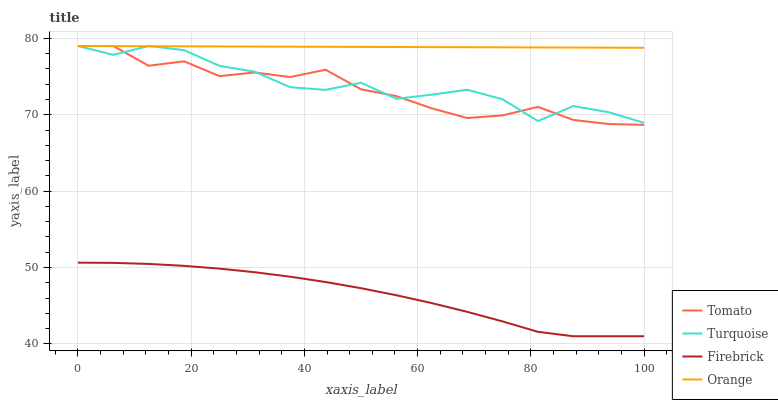
| xaxis_label | Tomato | Turquoise | Firebrick | Orange |
 | --- | --- | --- | --- | --- |
 | 0 | 79 | 79 | 50.6 | 79 |
 | 6.25 | 79 | 77.8 | 50.6 | 79 |
 | 12.5 | 76.4 | 79 | 50.5 | 79 |
 | 18.8 | 77 | 78.5 | 50.2 | 79 |
 | 25 | 75.1 | 76.4 | 49.9 | 78.9 |
 | 31.2 | 75.5 | 75.6 | 49.4 | 78.9 |
 | 37.5 | 74.9 | 73.6 | 48.8 | 78.9 |
 | 43.8 | 75.9 | 73.3 | 48.1 | 78.9 |
 | 50 | 73.3 | 74.2 | 47.3 | 78.9 |
 | 56.2 | 72.4 | 72.1 | 46.4 | 78.9 |
 | 62.5 | 70.8 | 72.6 | 45.3 | 78.9 |
 | 68.8 | 69.6 | 73.3 | 44.2 | 78.8 |
 | 75 | 69.9 | 72 | 42.9 | 78.8 |
 | 81.2 | 71 | 69.2 | 41.6 | 78.8 |
 | 87.5 | 69.3 | 71.1 | 41 | 78.8 |
 | 93.8 | 68.8 | 70.3 | 41 | 78.8 |
 | 100 | 68.7 | 68.9 | 41 | 78.8 |